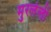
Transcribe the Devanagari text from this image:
मुरलेली